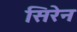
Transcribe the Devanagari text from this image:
सिरेन